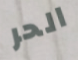
الحر